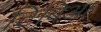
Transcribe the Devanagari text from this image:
टिबिआ